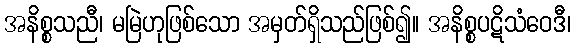
အနိစ္စသညီ၊ မမြဲဟုဖြစ်သော အမှတ်ရှိသည်ဖြစ်၍။ အနိစ္စပဋိသံဝေဒီ၊